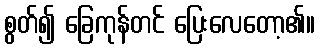
စွတ်၍ ခြေကုန်တင် ပြေးလေတော့၏။